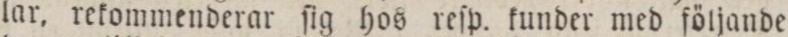
lar, rekommenderar ſig hos reſp. kunder med följande